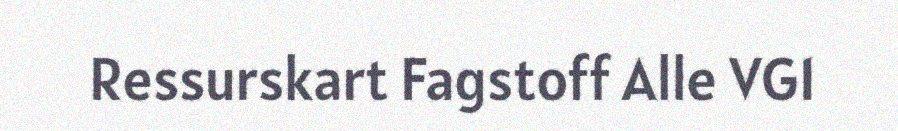
Ressurskart Fagstoff Alle VG1